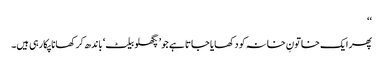
‘‘
پھر ایک خاتونِ خانہ کو دکھایا جاتا ہے جو’ پگھلو بیلٹ‘ باندھ کر کھانا پکارہی ہیں۔